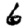
Digit: 6